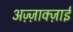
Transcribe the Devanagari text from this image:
अज़्ज़ाक्ज़ाई